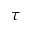
\tau